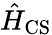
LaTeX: \hat{H}_{\mathrm{CS}}